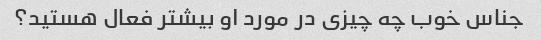
جناس خوب چه چیزی در مورد او بیشتر فعال هستید؟